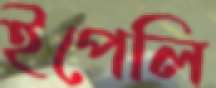
ইপেলি